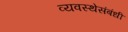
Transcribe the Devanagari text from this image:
व्यवस्थेसंबंधी